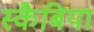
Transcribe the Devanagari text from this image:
स्कैबिया